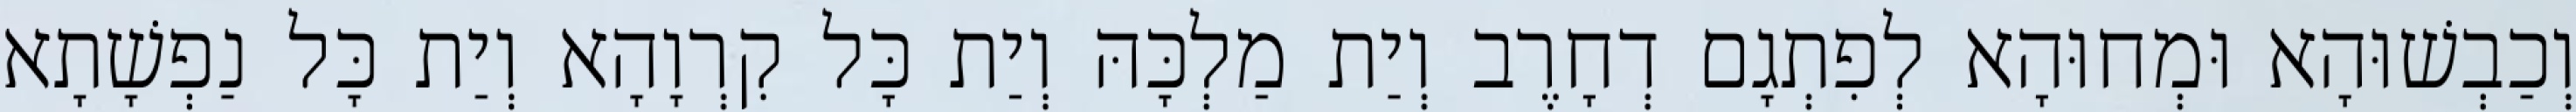
וְכַבְשׁוּהָא וּמְחוּהָא לְפִתְגָם דְחָרֶב וְיַת מַלְכָּהּ וְיַת כָּל קִרְוָהָא וְיַת כָּל נַפְשָׁתָא